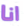
انا